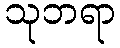
သုဘရာ